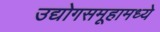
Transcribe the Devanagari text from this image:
उद्योगसमूहामध्ये